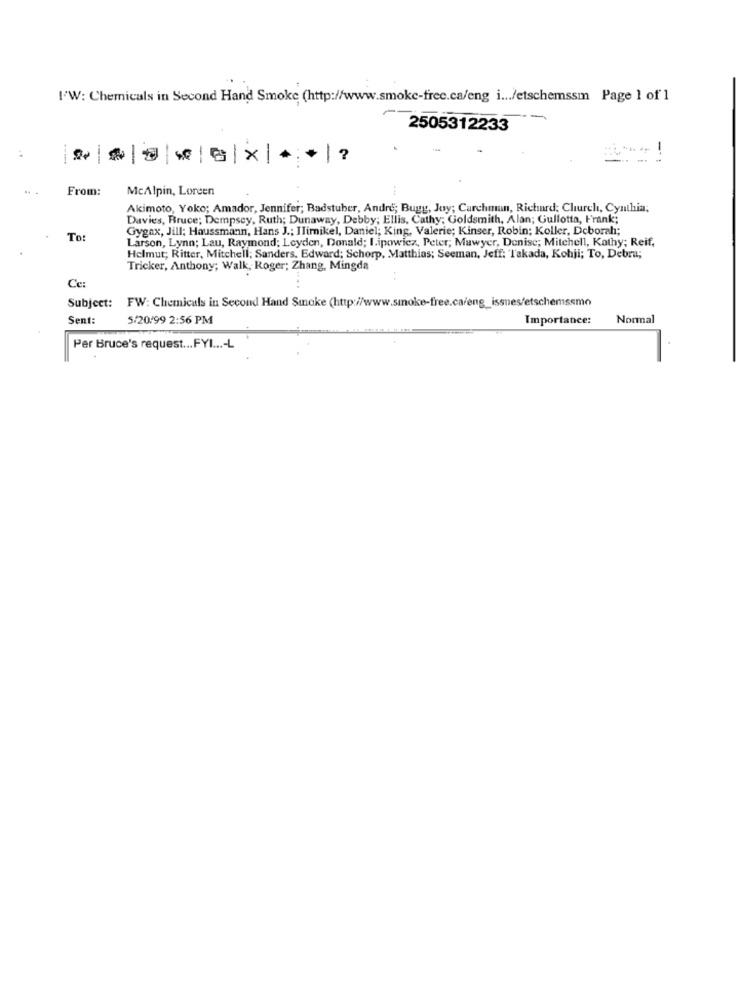
I'W: Chemicals in Second Hand Smoke (http://www.smoke-free.ca/eng i ... /etschemssm Page 1 of 1
2505312233
„ $ @ * G|X| ** |?
---
-+ !
From:
McAlpin, Loreen
Akimoto, Yoko; Amador, Jennifer; Badstuber, Andre; Bugg, Joy; Carchman, Richard; Church, Cynthia;
Davies, Bruce; Dempsey, Ruth; Dunaway, Debby; Ellis, Cathy; Goldsmith, Alan; Gullotta, Frank;
Gygax, Jill; Haussmann, Hans J .; Ilimikel, Daniel; King, Valerie; Kinser, Robin; Koller, Deborah;
To:
Larson, Lynn; Lau, Raymond; Leyden, Donald; I.ipowiez, Peter; Mawyer, Denise; Mitchell, Kathy; Reif,
Helmut; Ritter, Mitchell; Sanders, Edward; Schorp. Matthias; Seeman, Jeff: "Takada, Kohji; To, Debra;
Tricker, Anthony; Walk, Roger; Zhang, Mingda
Ce:
Subject: FW: Chemicals in Second Hand Smoke (http://www.smoke-free.ca/eng_issues/etschemissmo
Sent:
5/20/99 2:56 PM
Importance:
Normal
Per Bruce's request ... FYI ...- L